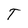
Character: T